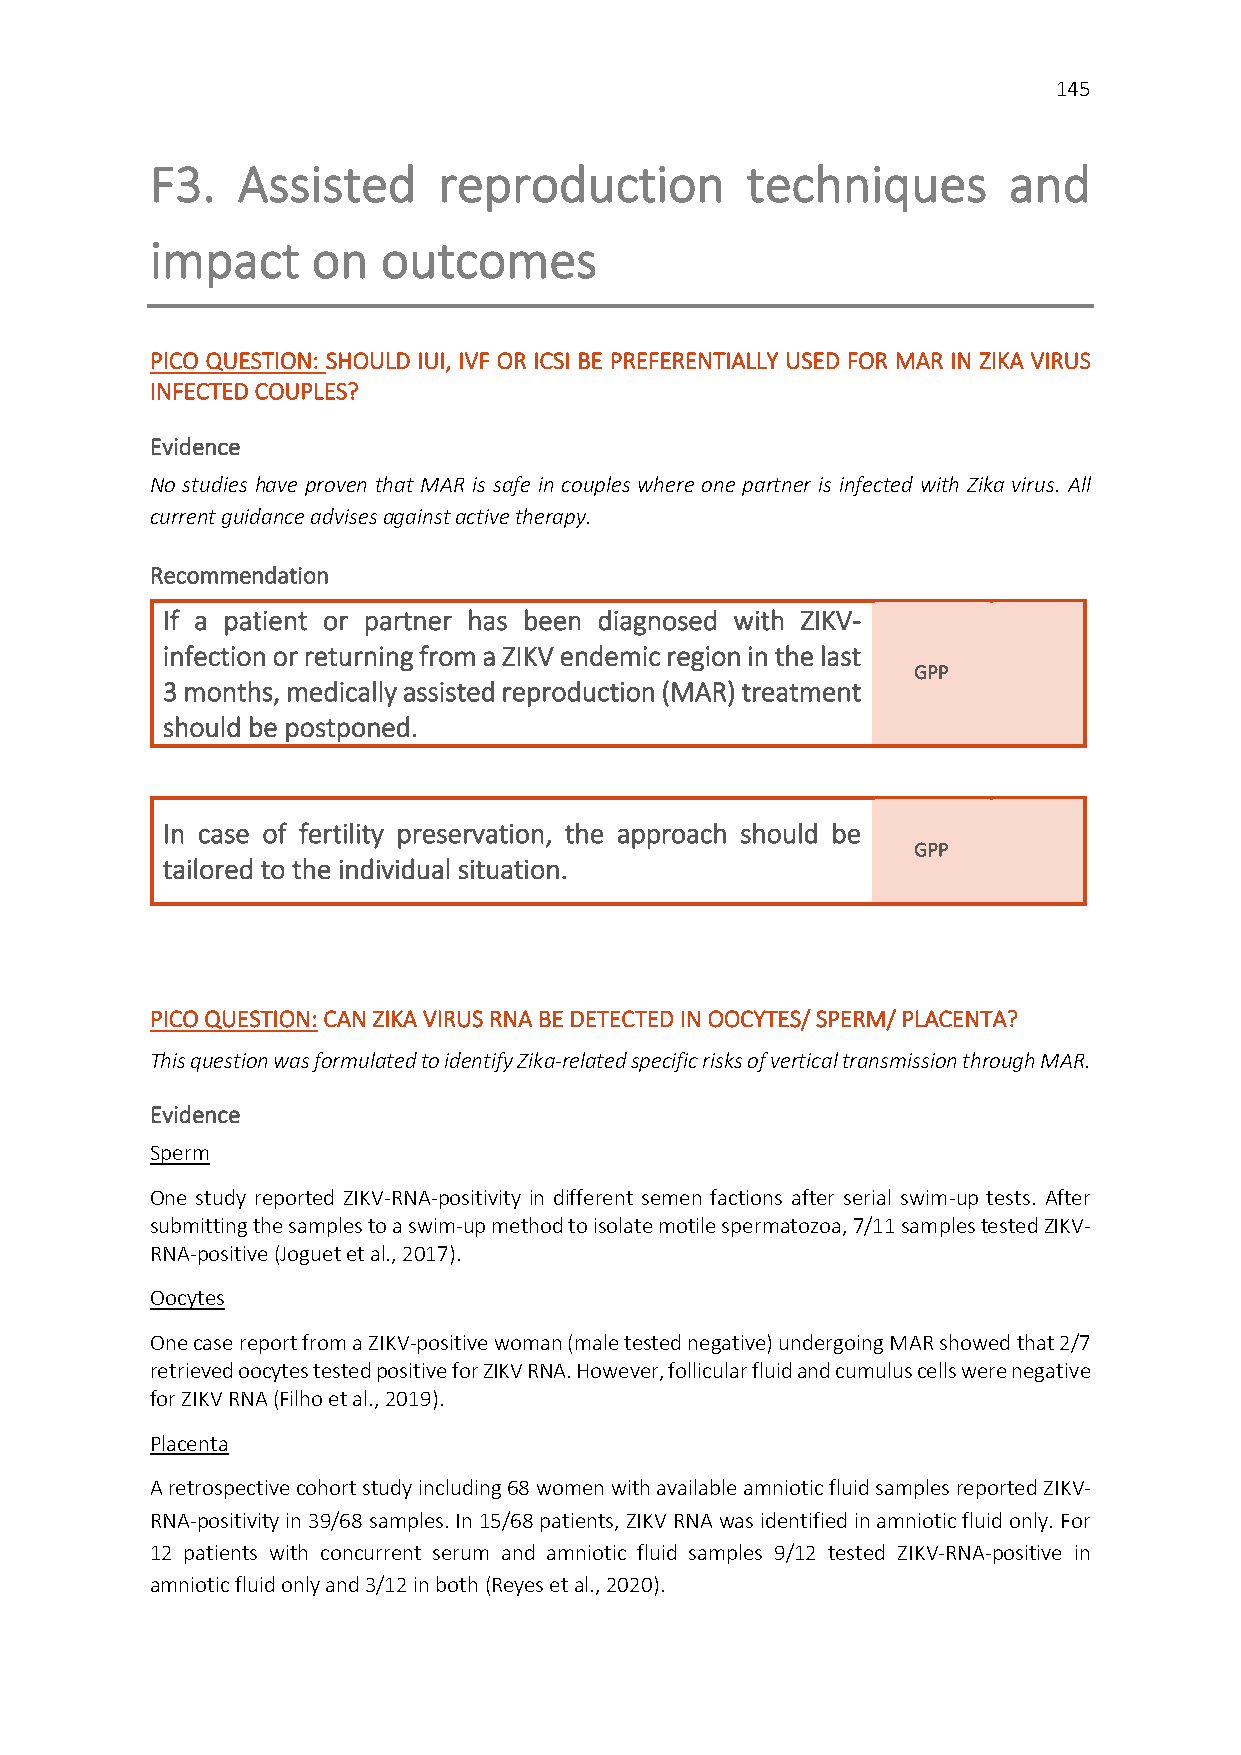
145
 F3.   Assisted     reproduction        techniques        and
 impact     on  outcomes
 PICO QUESTION: SHOULD IUI, IVF OR ICSI BE PREFERENTIALLY USED FOR MAR IN ZIKA VIRUS
 INFECTED COUPLES?
 Evidence
 No studies have proven that MAR is safe in couples where one partner is infected with Zika virus. All
 current guidance advises against active therapy.
 Recommendation
 If a patient or partner has been diagnosed with ZIKV-
 infection or returning from a ZIKV endemic region in the last
 GPP
 3 months, medically assisted reproduction (MAR) treatment
 should be postponed.
 In case of fertility preservation, the approach should be
 GPP
 tailored to the individual situation.
 PICO QUESTION: CAN ZIKA VIRUS RNA BE DETECTED IN OOCYTES/ SPERM/ PLACENTA?
 This question was formulated to identify Zika-related specific risks of vertical transmission through MAR.
 Evidence
 Sperm
 One study reported ZIKV-RNA-positivity in different semen factions after serial swim-up tests. After
 submitting the samples to a swim-up method to isolate motile spermatozoa, 7/11 samples tested ZIKV-
 RNA-positive (Joguet et al., 2017).
 Oocytes
 One case report from a ZIKV-positive woman (male tested negative) undergoing MAR showed that 2/7
 retrieved oocytes tested positive for ZIKV RNA. However, follicular fluid and cumulus cells were negative
 for ZIKV RNA (Filho et al., 2019).
 Placenta
 A retrospective cohort study including 68 women with available amniotic fluid samples reported ZIKV-
 RNA-positivity in 39/68 samples. In 15/68 patients, ZIKV RNA was identified in amniotic fluid only. For
 12 patients with concurrent serum and amniotic fluid samples 9/12 tested ZIKV-RNA-positive in
 amniotic fluid only and 3/12 in both (Reyes et al., 2020).